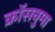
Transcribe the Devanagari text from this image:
क्रॉसनुमा